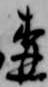
森